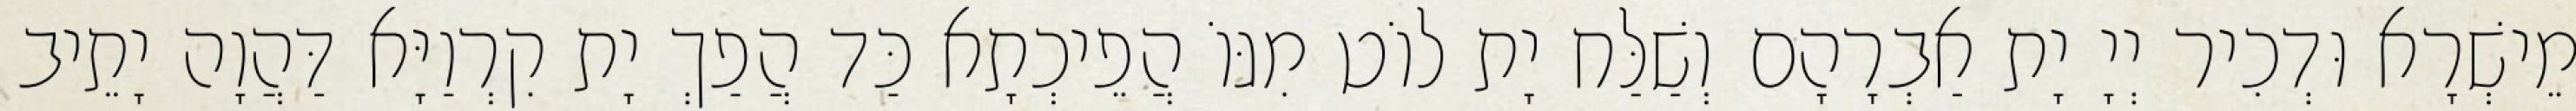
מֵישְׁרָא וּדְכִיר יְיָ יָת אַבְרָהָם וְשַׁלַּח יָת לוֹט מִגּוֹ הֲפֵיכְתָא כַּד הֲפַךְ יָת קִרְוַיָּא דַּהֲוָה יָתֵיב